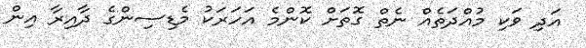
އަދި ވަކި މުއްދަތެއް ނެތް ގޮތަށް ކޮންމެ އަހަރަކު މެޑިސިންގެ ދާއިރާ އިން